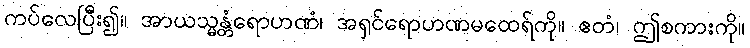
ကပ်လေပြီး၍။ အာယသ္မန္တံရောဟဏံ၊ အရှင်ရောဟဏမထေရ်ကို။ ဧတံ၊ ဤစကားကို။